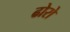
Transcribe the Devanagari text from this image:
ढोरो